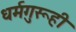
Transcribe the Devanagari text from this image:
धर्मगुरूही